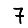
Digit: 7